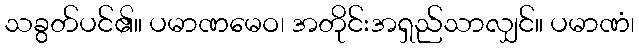
သခွတ်ပင်၏။ ပမာဏမေဝ၊ အတိုင်းအရှည်သာလျှင်။ ပမာဏံ၊